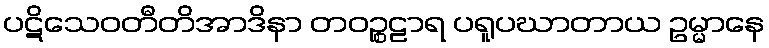
ပဋိသေဝတီတိအာဒိနာ တဝဉ္စဠာရ ပရူပဃာတာယ ဥမ္မာနေ